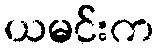
ယမင်းက